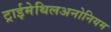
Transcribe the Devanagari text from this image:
ट्राईमेथिलअनोनियम